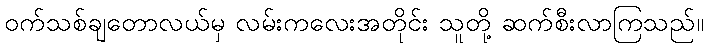
ဝက်သစ်ချတောလယ်မှ လမ်းကလေးအတိုင်း သူတို့ ဆက်စီးလာကြသည်။